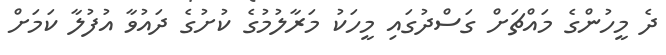
ދެ މީހުންގެ މައްޗަށް ގަސްދުގައި މީހަކު މަރާލުމުގެ ކުށުގެ ދައުވާ އުފުލާ ކަމަށް